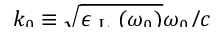
\smash { k _ { 0 } \equiv \sqrt { \epsilon _ { \mathrm { ~ L ~ } } ( \omega _ { 0 } ) } \omega _ { 0 } / c }